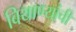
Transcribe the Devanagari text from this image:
बियाण्यांची